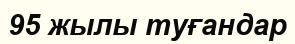
95 жылы туғандар